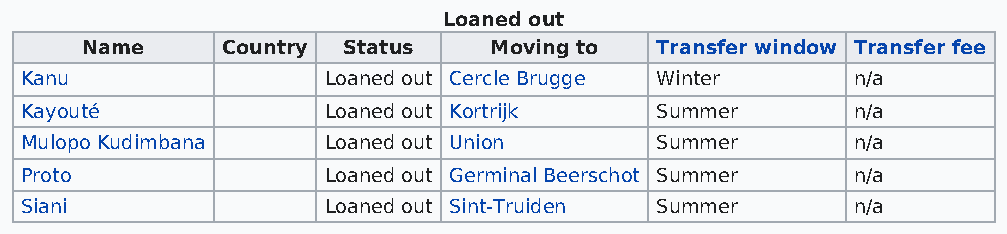
Loaned out
 Name      Country Status   Moving to  Transfer window Transfer fee
 Kanu                Loaned out Cercle Brugge Winter    n/a
 Kayouté             Loaned out Kortrijk   Summer       n/a
 Mulopo Kudimbana    Loaned out Union      Summer       n/a
 Proto               Loaned out Germinal Beerschot Summer n/a
 Siani               Loaned out Sint-Truiden Summer     n/a